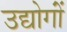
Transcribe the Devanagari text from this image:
उद्योगोंं